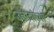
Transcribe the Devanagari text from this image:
उत्सवांच्या